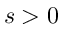
s > 0